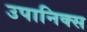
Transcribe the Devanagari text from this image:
उपानिक्स